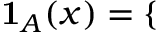
\mathbf { 1 } _ { A } ( x ) = \left\{ \begin{array} { r l } \end{array} \right.